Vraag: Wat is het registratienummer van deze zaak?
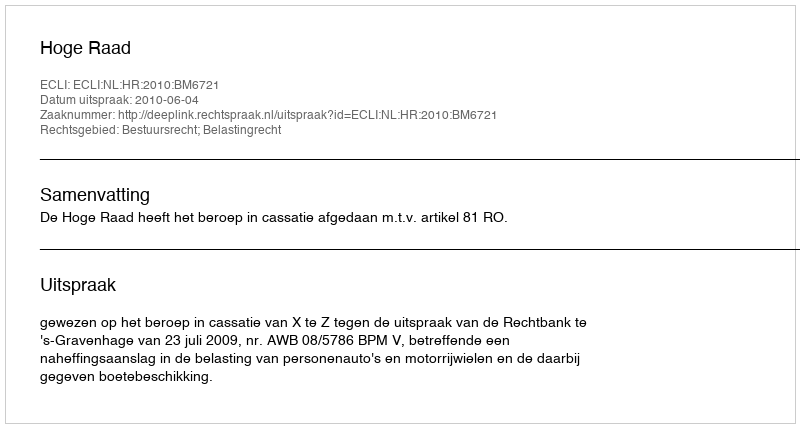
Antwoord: http://deeplink.rechtspraak.nl/uitspraak?id=ECLI:NL:HR:2010:BM6721